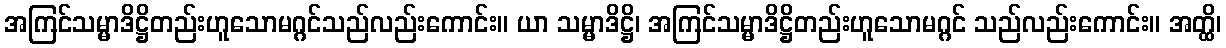
အကြင်သမ္မာဒိဋ္ဌိတည်းဟူသောမဂ္ဂင်သည်လည်းကောင်း။ ယာ သမ္မာဒိဋ္ဌိ၊ အကြင်သမ္မာဒိဋ္ဌိတည်းဟူသောမဂ္ဂင် သည်လည်းကောင်း။ အတ္ထိ၊